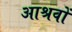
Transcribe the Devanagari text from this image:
आश्रवों